Annual report on the health of the army in India
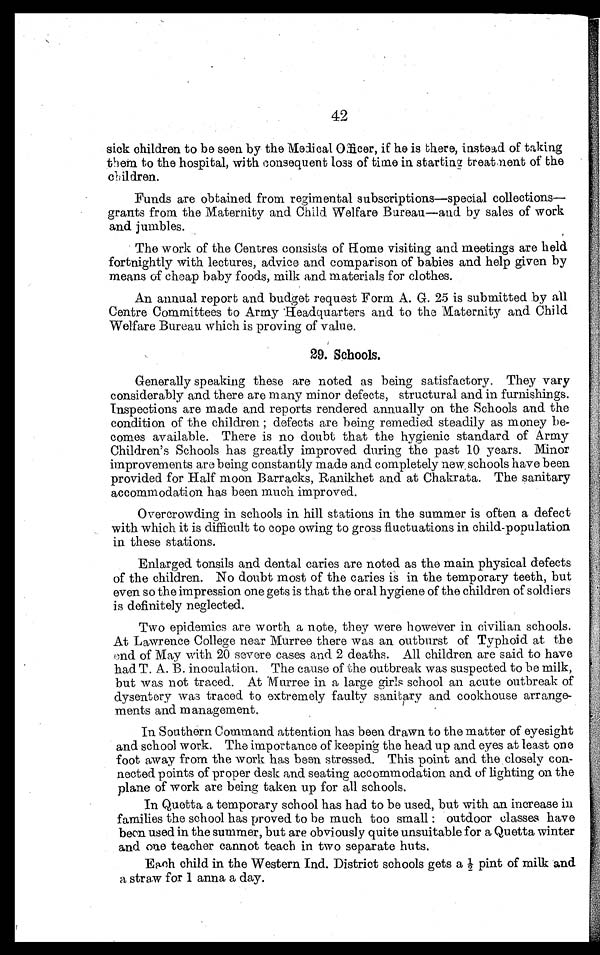
42
sick children to be seen by the Medical Officer, if he is there, instead of taking
them to the hospital, with consequent loss of time in starting treatment of the childern.
Funds are obtained from regimental subscriptions—special collections—
grants from the Maternity and Child Welfare Bureau—and by sales of work
and jumbles.
The work of the Centres consists of Home visiting and meetings are held
fortnightly with lectures, advice and comparison of babies and help given by
means of cheap baby foods, milk and. materials for clothes.
An annual report and budget request Form A. G. 25 is submitted by all
Centre Committees to Army Headquarters and to the Maternity and Child
Welfare Bureau which is proving of value.
29. Schools.
Generally speaking these are noted as being satisfactory. They vary
considerably and there are many minor defects, structural and in furnishings.
Inspections are made and reports rendered annually on the Schools and the
condition of the children defects are being remedied steadily as money be-
comes available. There is no doubt that the hygienic standard of Army
Children's Schools has greatly improved during the past 10 years. Minor
improvements are being constantly made and completely new schools have been
provided for Half moon Barracks, Ranikhet and at Chakrata. The sanitary
accommodation has been much improved.
Overcrowding in schools in hill stations in the summer is often a defect
with which it is difficult to cope owing to gross fluctuations in child-population
in these stations.
Enlarged tonsils and dental caries are noted as the main physical defects
of the children. No doubt most of the caries is in the temporary teeth, but
even so the impression one gets is that the oral hygiene of the children of soldiers
is definitely neglected.
Two epidemics are worth a note, they were however in civilian schools.
At Lawrence College near Murree there was an outburst of Typhoid at the
and of May with 20 severe cases and 2 deaths. All children are said to have
had T. A. B. inoculation. The cause of the outbreak was suspected to be milk,
but was not traced. At Murree in a large girls school an acute outbreak of
dysentery was traced to extremely faulty sanitary and cookhouse arrange-
ments and management.
In Southern Command attention has been drawn to the matter of eyesight
and school work. The importance of keeping the head up and eyes at least one
foot away from the work has been stressed. This point and the closely con-
nected points of proper desk and seating accommodation and of lighting on the
plane of work are being taken up for all schools.
In Quetta a temporary school has had to be used, but with an increase in
families the school has proved to be much too small : outdoor classes have
bean used in the summer, but are obviously quite unsuitable for a Quetta winter
and one teacher cannot teach in two separate huts.
Each child in the Western Ind. District schools gets a 1/2 pint of milk and
a straw for 1 anna a day.